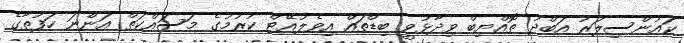
ކައުންސިލަރު އަބްދު ތޮއްޔިބް ވިދާޅުވީ ބިޑްތައް އިވެލުއޭޓް ކުރުމުގެ މަސައްކަތް އަންނަ ހަފުތާގެ